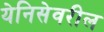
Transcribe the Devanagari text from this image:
येनिसेवरील